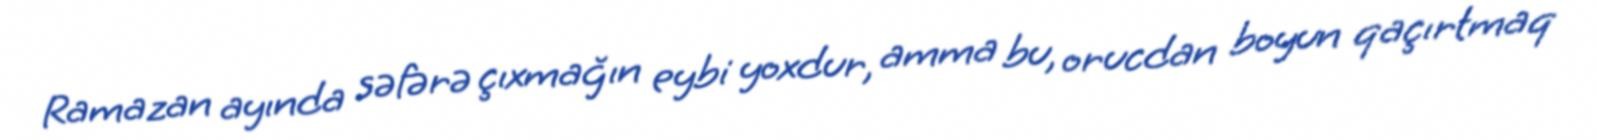
Ramazan ayında səfərə çıxmağın eybi yoxdur, amma bu, orucdan boyun qaçırtmaq